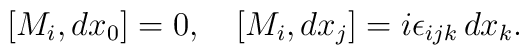
[M_i, dx_0] =0, \quad [M_i, dx_j] = i\epsilon_{ijk}\, dx_k.